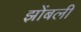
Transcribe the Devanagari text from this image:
झोंबली